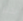
بخير